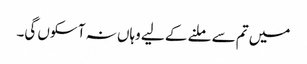
میں تم سے ملنے کے لیے وہاں نہ آ سکوں گی۔